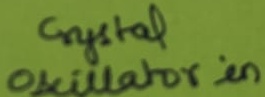
Text: Crystal Oscillator in